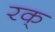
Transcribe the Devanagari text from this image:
रक्